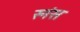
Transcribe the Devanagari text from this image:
स्नंस